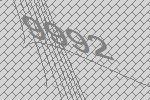
9992